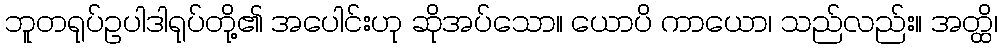
ဘူတရုပ်ဥပါဒါရုပ်တို့၏ အပေါင်းဟု ဆိုအပ်သော။ ယောပိ ကာယော၊ သည်လည်း။ အတ္ထိ၊